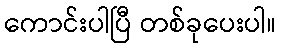
ကောင်းပါပြီ တစ်ခုပေးပါ။